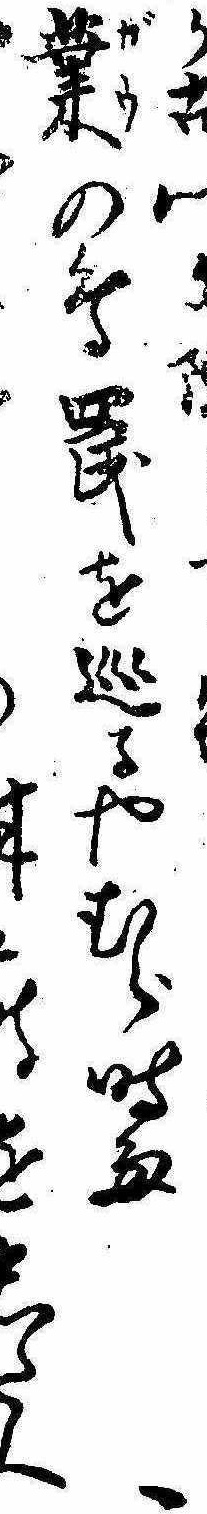
か古郷業の鳥罠を巡るやむら時雨ゝをした